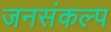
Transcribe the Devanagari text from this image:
जनसंकल्प